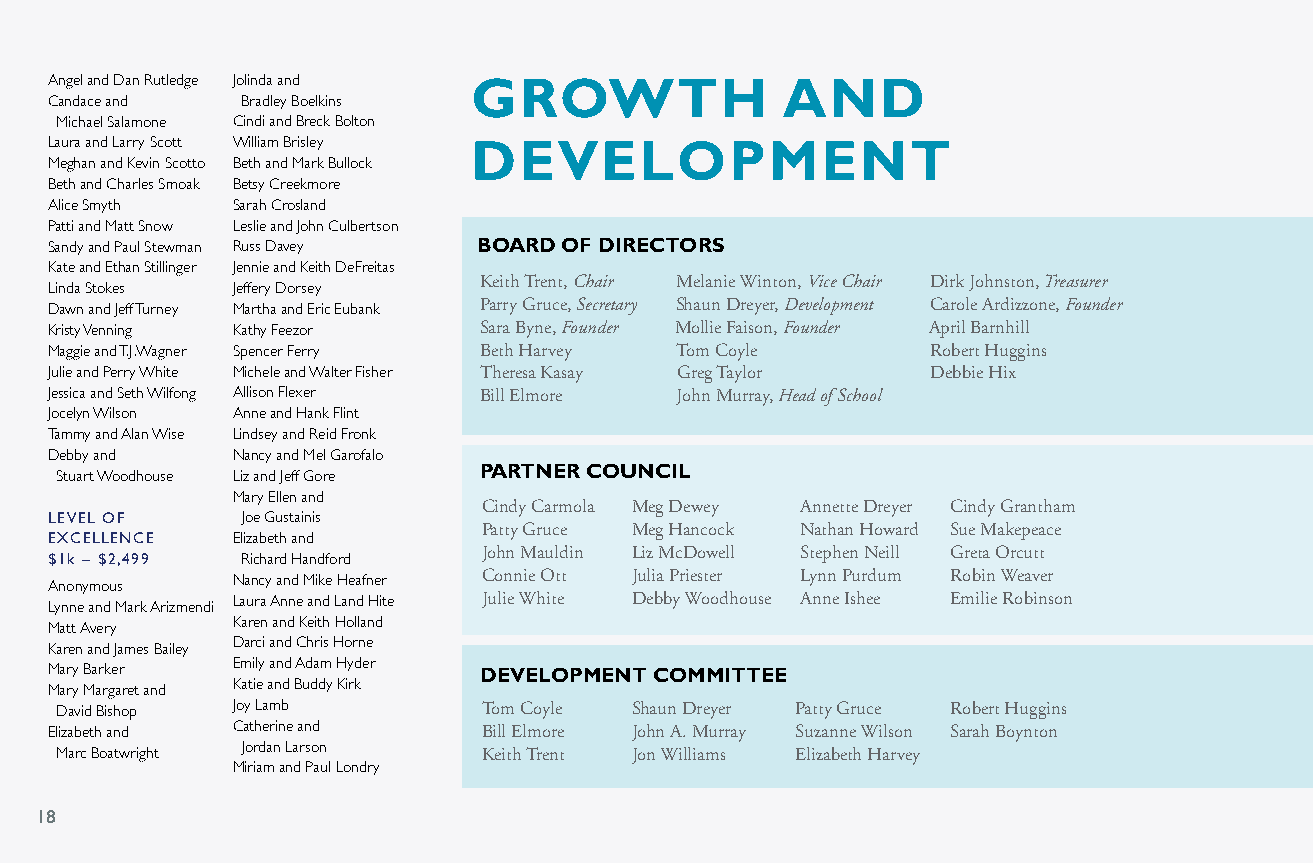
Angel and Dan Rutledge Jolinda and GROWTH        AND
 Candace and  Bradley Boelkins
 Michael Salamone Cindi and Breck Bolton
 Laura and Larry Scott William Brisley DEVELOPMENT
 Meghan and Kevin Scotto Beth and Mark Bullock
 Beth and Charles Smoak Betsy Creekmore
 Alice Smyth Sarah Crosland
 Patti and Matt Snow Leslie and John Culbertson
 Sandy and Paul Stewman Russ Davey BOARD OF DIRECTORS
 Kate and Ethan Stillinger Jennie and Keith DeFreitas
 Keith Trent, Chair Melanie Winton, Vice Chair Dirk Johnston, Treasurer
 Linda Stokes Jeffery Dorsey
 Dawn and Jeff Turney Martha and Eric Eubank Parry Gruce, Secretary Shaun Dreyer, Development Carole Ardizzone, Founder
 Kristy Venning Kathy Feezor  Sara Byne, Founder Mollie Faison, Founder April Barnhill
 Maggie and T.J. Wagner Spencer Ferry Beth Harvey Tom Coyle Robert Huggins
 Julie and Perry White Michele and Walter Fisher Theresa Kasay Greg Taylor Debbie Hix
 Jessica and Seth Wilfong Allison Flexer Bill Elmore John Murray, Head of School
 Jocelyn Wilson Anne and Hank Flint
 Tammy and Alan Wise Lindsey and Reid Fronk
 Debby and   Nancy and Mel Garofalo
 Stuart Woodhouse Liz and Jeff Gore PARTNER COUNCIL
 Mary Ellen and
 Cindy Carmola Meg Dewey Annette Dreyer Cindy Grantham
 LEVEL OF     Joe Gustainis
 Patty Gruce Meg Hancock Nathan Howard Sue Makepeace
 EXCELLENCE  Elizabeth and
 John Mauldin Liz McDowell Stephen Neill Greta Orcutt
 $1k – $2,499 Richard Handford
 Anonymous   Nancy and Mike Heafner Connie Ott Julia Priester Lynn Purdum Robin Weaver
 Lynne and Mark Arizmendi Laura Anne and Land Hite Julie White Debby Woodhouse Anne Ishee Emilie Robinson
 Matt Avery  Karen and Keith Holland
 Karen and James Bailey Darci and Chris Horne
 Mary Barker Emily and Adam Hyder DEVELOPMENT COMMITTEE
 Mary Margaret and Katie and Buddy Kirk
 David Bishop Joy Lamb       Tom Coyle Shaun Dreyer Patty Gruce Robert Huggins
 Elizabeth and Catherine and  Bill Elmore John A. Murray Suzanne Wilson Sarah Boynton
 Marc Boatwright Jordan Larson Keith Trent Jon Williams Elizabeth Harvey
 Miriam and Paul Londry
 1188